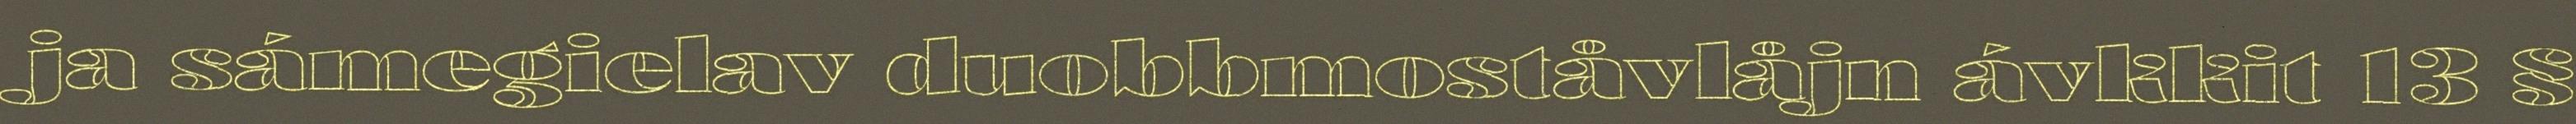
ja sámegielav duobbmoståvlåjn ávkkit 13 §